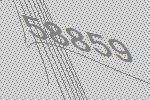
58859